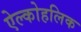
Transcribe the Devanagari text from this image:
ऐल्कोहलिक